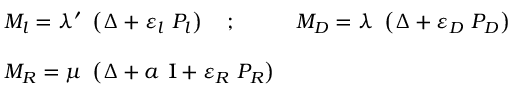
\begin{array} { l l } { { M _ { l } = \lambda ^ { \prime } \ \left( \Delta + \varepsilon _ { l } \ P _ { l } \right) \quad ; \quad } } & { { M _ { D } = \lambda \ \left( \Delta + \varepsilon _ { D } \ P _ { D } \right) } } \\ { { } } & { { } } \\ { { M _ { R } = \mu \ \left( \Delta + a \ { 1 \! \! \! \mathrm { I } } + \varepsilon _ { R } \ P _ { R } \right) } } & { { } } \end{array}